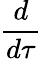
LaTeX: \frac{d}{d\tau}